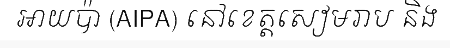
អាយប៉ា (AIPA) នៅខេត្តសៀមរាប និង